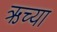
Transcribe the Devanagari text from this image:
ऋच्या